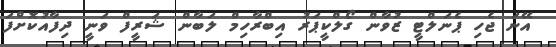
އޭނަ ޖެހި ޕެނަލްޓީ ޒުވާން ގޯލްކީޕަރު އިބްރާހިމް ލަބާން ޝަރީފް ވަނީ ދިފާއުކޮށްފަ